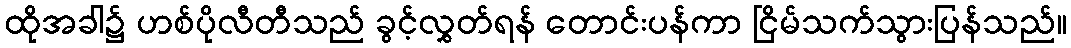
ထိုအခါ၌ ဟစ်ပိုလီတီသည် ခွင့်လွှတ်ရန် တောင်းပန်ကာ ငြိမ်သက်သွားပြန်သည်။